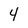
Character: 4